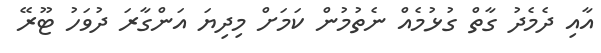
އާއި ދެމެދު ގާތް ގުޅުމެއް ނެތުމުން ކަމަށް މިދިޔަ އަންގާރަ ދުވަހު ޓޫރޭ